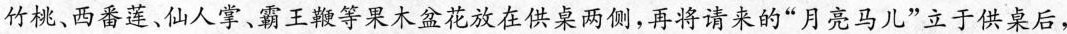
竹桃、西番莲、仙人掌、霸王鞭等果木盆花放在供桌两侧，再将请来的”月亮马儿”立于供桌后，